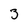
Character: 3